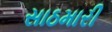
સાઠમારી